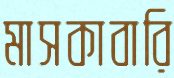
মাসকাবারি